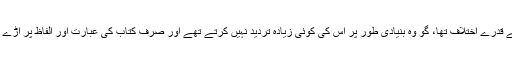
دوسری بات فن بیان میں اُنہیں تلخیص مطول سے قدرے اِختلاف تھا، گو وہ بنیادی طور پر اِس کی کوئی زیادہ تردید نہیں کرتے تھے اور صرف کتاب کی عبارت اور الفاظ پر اَڑے ہوئے تھے، تاہم اُن کی توجیہ میں کچھ وزن تھا۔